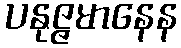
ပနုဇ္ဇမာနေန